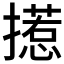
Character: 𱠺